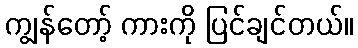
ကျွန်တော့် ကားကို ပြင်ချင်တယ်။